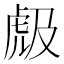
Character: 𱿐